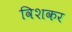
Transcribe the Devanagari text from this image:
विशकर